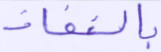
بالنفاذ